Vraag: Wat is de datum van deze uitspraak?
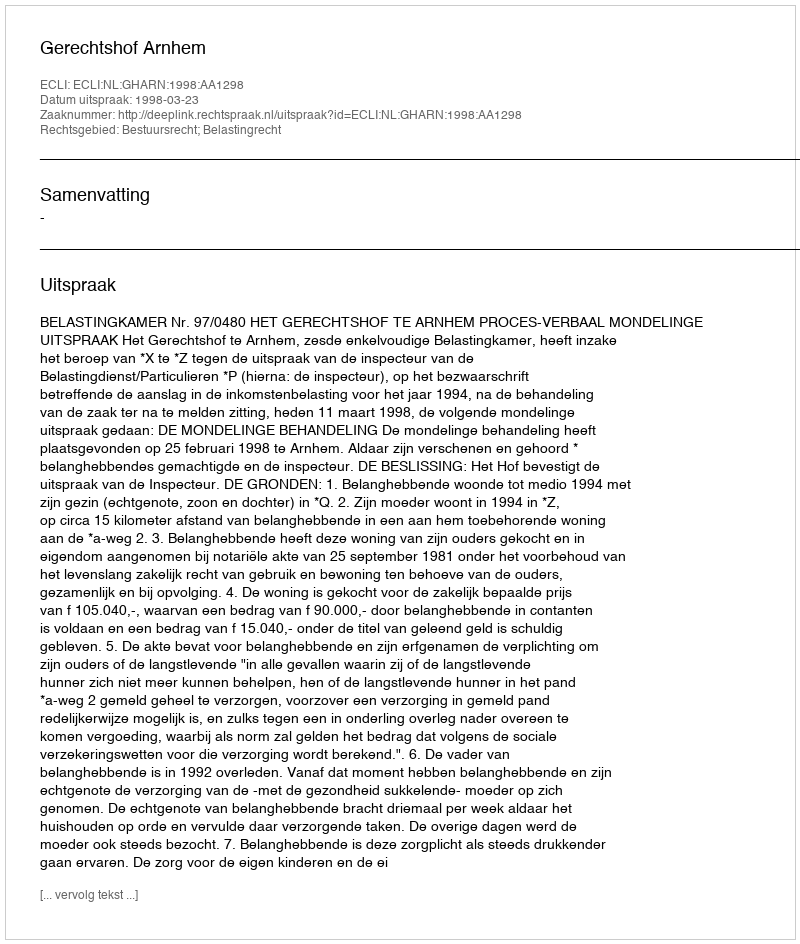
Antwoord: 1998-03-23